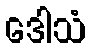
ဒေါသံ